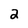
Character: 2